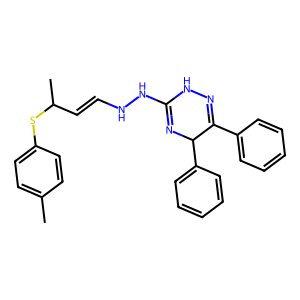
SMILES: Cc1ccc(SC(C)C=CNNC2=NC(c3ccccc3)C(c3ccccc3)=NN2)cc1
Inhibits HIV replication: No